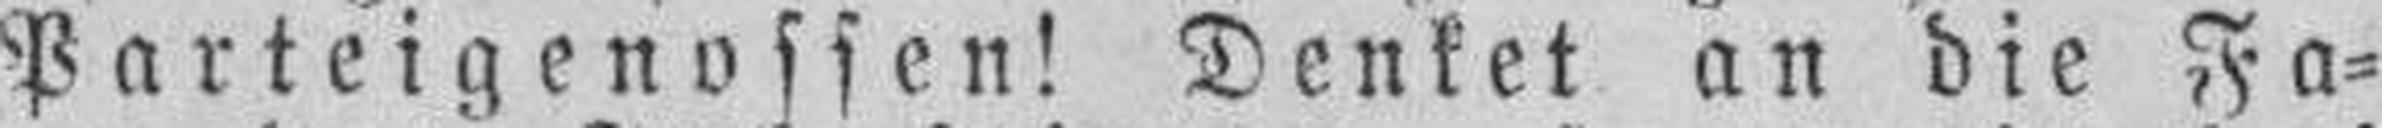
Parteigenossen! Denket an die Fa¬